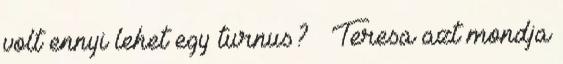
volt ennyi lehet egy turnus? – Teresa azt mondja